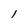
Character: l